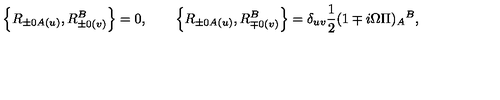
\left\{ R _ { \pm 0 A ( u ) } , R _ { \pm 0 ( v ) } ^ { B } \right\} = 0 , \qquad \left\{ R _ { \pm 0 A ( u ) } , R _ { \mp 0 ( v ) } ^ { B } \right\} = \delta _ { u v } \frac { 1 } { 2 } ( 1 \mp i \Omega \Pi ) _ { A } { } ^ { B } ,